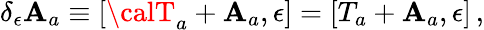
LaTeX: \delta_{\epsilon}\mathbf{A}_{a}\equiv[{\calT}_{a}+\mathbf{A}_{a},\epsilon]=[T_{a}+\mathbf{A}_{a},\epsilon]\, ,